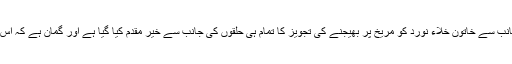
ناسا کی خاتون انجینئر کی جانب سے خاتون خلاء نورد کو مریخ پر بھیجنے کی تجویز کا تمام ہی حلقوں کی جانب سے خیر مقدم کیا گیا ہے اور گمان ہے کہ اس پر عمل بھی کرلیا جائے گا۔